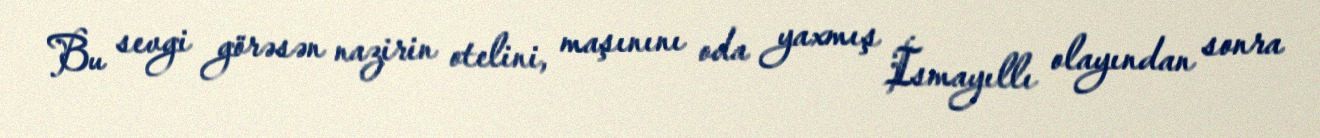
Bu sevgi görəsən nazirin otelini, maşınını oda yaxmış İsmayıllı olayından sonra